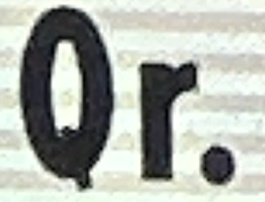
Qr.